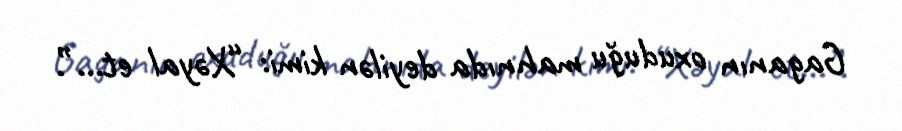
Gaganın oxuduğu mahnıda deyilən kimi: “Xəyal et...”.